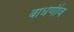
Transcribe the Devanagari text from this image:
बांधणीव